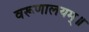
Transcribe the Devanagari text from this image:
वरूणालयम्॥